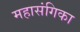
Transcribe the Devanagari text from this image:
महासंगिका